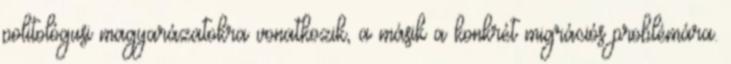
politológusi magyarázatokra vonatkozik, a másik a konkrét migrációs problémára.